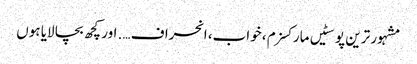
مشہور ترین پوسٹیں	مارکسزم ، خواب، انحراف …. اور کچھ بچا لایا ہوں